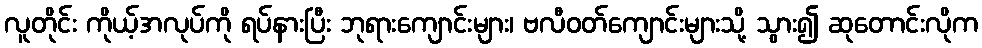
လူတိုင်း ကိုယ့်အလုပ်ကို ရပ်နားပြီး ဘုရားကျောင်းများ၊ ဗလီဝတ်ကျောင်းများသို့ သွား၍ ဆုတောင်းလိုက